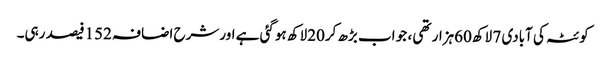
کوئٹہ کی آبادی 7 لاکھ60ہزار تھی ، جو اب بڑھ کر20لاکھ ہوگئی ہے اورشرح اضافہ 152فیصد رہی۔